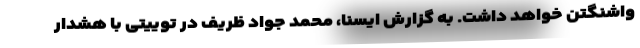
واشنگتن خواهد داشت. به گزارش ایسنا، محمد جواد ظریف در توییتی با هشدار